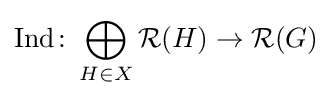
{\text{Ind}}\colon \bigoplus _{H\in X}{\mathcal {R}}(H)\to {\mathcal {R}}(G)